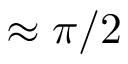
\approx \pi / 2